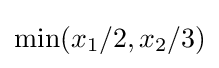
\min(x_{1}/2,x_{2}/3)